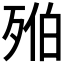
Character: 𣨔